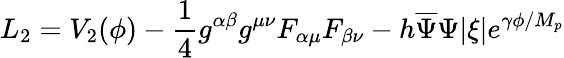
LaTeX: L_{2}=V_{2}(\phi)-\frac{1}{4}g^{\alpha\beta}g^{\mu\nu}F_{\alpha\mu}F_{\beta\nu}-h\overline{{{\Psi}}}\Psi|\xi|e^{\gamma\phi/M_{p}}